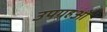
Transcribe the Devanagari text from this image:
उपग्रहओं